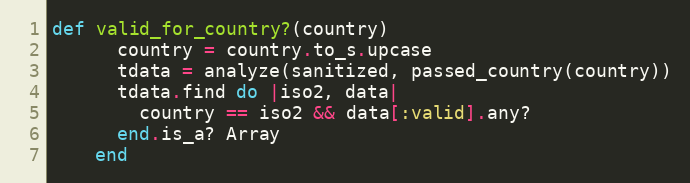
Language: Ruby
def valid_for_country?(country)
      country = country.to_s.upcase
      tdata = analyze(sanitized, passed_country(country))
      tdata.find do |iso2, data|
        country == iso2 && data[:valid].any?
      end.is_a? Array
    end